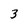
Character: 3